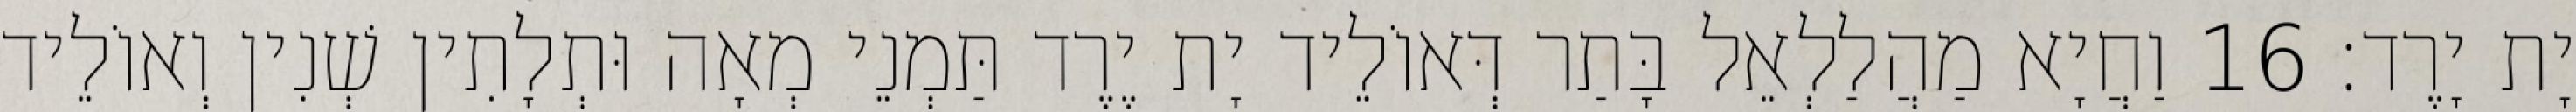
יָת יָרֶד׃ 16 וַחֲיָא מַהֲלַלְאֵל בָּתַר דְּאוֹלֵיד יָת יֶרֶד תַּמְנֵי מְאָה וּתְלָתִין שְׁנִין וְאוֹלֵיד